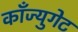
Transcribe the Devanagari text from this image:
काँज्युगेट